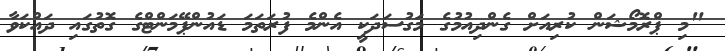
"މި ޕްރޮމޯޝަން ކުރިއަށް ގެންދިއުމުގެ މަގުސަދަކީ އެންމެ ފުރަތަމަ ޑައުންޕޭމަންޓްގެ ގޮތުގައި ދައްކަވާ